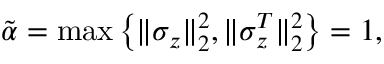
\tilde { \alpha } = \operatorname* { m a x } \left\{ \| \sigma _ { z } \| _ { 2 } ^ { 2 } , \| \sigma _ { z } ^ { T } \| _ { 2 } ^ { 2 } \right\} = 1 ,